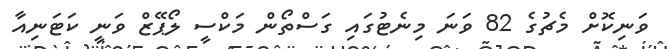
ވަނިކޮށް މެޗުގެ 82 ވަނަ މިނެޓުގައި ގަސްތޯން މަކްސީ ލޯޕޭޒް ވަނީ ކަޓަނިއާ